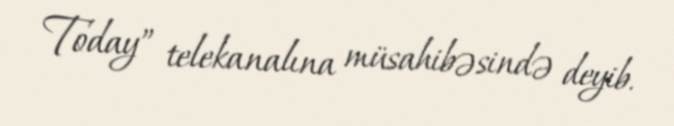
Today” telekanalına müsahibəsində deyib.